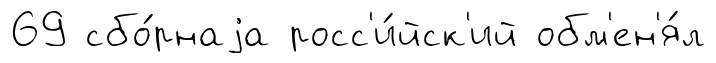
69 сбо́рнаjа росс'и́йск'ий обм'ен'я́л